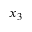
x _ { 3 }